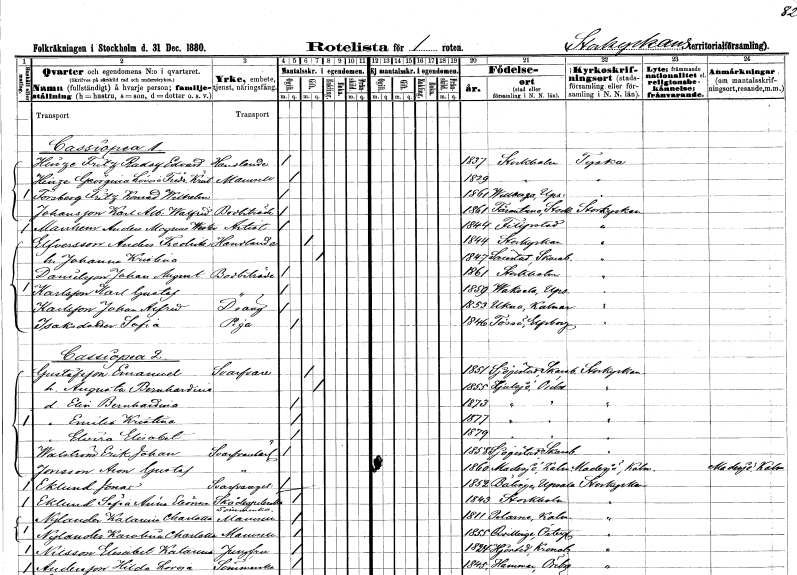
gt_parse: households: individuals: FN: Fritz Rudolf Edvard
EN: Hinze
YRKE: Handlande
KON: M
CIV: O
FODAR: 1837
FODFORS: Stockholm
FN: Georgina Lovisa Fredrika Kristina
EN: Hinze
KON: K
CIV: O
FODAR: 1829
FODFORS: Stockholm
FN: Fritz Konrad Wilhelm
EN: Forsberg
KON: M
CIV: O
FODAR: 1861
FODFORS: Villberga Uppsala län
FN: Karl Albert Walfrid
EN: Johansson
YRKE: Bodbiträde
KON: M
CIV: O
FODAR: 1861
FODFORS: Färentuna Stockholms län
FN: Anders Magnus Wictor
EN: Manhem
YRKE: Artist
KON: M
CIV: O
FODAR: 1844
FODFORS: Filipstad Värmlands län
FN: Anders Fredrik
EN: Elfversson
YRKE: Handlande
KON: M
CIV: G
FODAR: 1844
FODFORS: Storkyrkoförsamlingen Stockholms stad
FN: Johanna Kristina
KON: K
CIV: G
FODAR: 1847
FODFORS: Särestad Skaraborgs län
FN: Johan August
EN: Danielsson
YRKE: Bodbiträde
KON: M
CIV: O
FODAR: 1861
FODFORS: Stockholm
FN: Karl Gustaf
EN: Karlsson
YRKE: Bodbiträde
KON: M
CIV: O
FODAR: 1859
FODFORS: Vaksala Uppsala län
FN: Johan Alfred
EN: Karlsson
YRKE: Dräng
KON: M
CIV: O
FODAR: 1853
FODFORS: Ukna Kalmar län
FN: Sofia
EN: Isaksdotter
YRKE: Piga
KON: K
CIV: O
FODAR: 1846
FODFORS: Tösse Älvsborgs län
FN: Emanuel
EN: Gustafsson
YRKE: Svarvare
KON: M
CIV: G
FODAR: 1851
FODFORS: Sjogerstad Skaraborgs län
FN: Augusta Bernhardina
KON: K
CIV: G
FODAR: 1855
FODFORS: Hjulsjö Örebro län
FN: Elin Bernhardina
KON: K
CIV: O
FODAR: 1873
FODFORS: Hjulsjö Örebro län
FN: Emilia Kristina
KON: K
CIV: O
FODAR: 1877
FODFORS: Hjulsjö Örebro län
FN: Elvira Elisabet
KON: K
CIV: O
FODAR: 1879
FODFORS: Hjulsjö Örebro län
FN: Erik Johan
EN: Walström
YRKE: Svarvarelärling
KON: M
CIV: O
FODAR: 1858
FODFORS: Sjogerstad Skaraborgs län
FN: Aron Gustaf
EN: Jonsson
YRKE: Svarvarelärling
KON: M
CIV: O
FODAR: 1860
FODFORS: Madesjö Kalmar län
FN: Jonas
EN: Eklund
YRKE: Svarvaregesäll
KON: M
CIV: O
FODAR: 1852
FODFORS: Bälinge Uppsala län
FN: Sofia Ania Eleonora
EN: Eklund
YRKE: Skådespelerska
KON: K
CIV: O
FODAR: 1843
FODFORS: Stockholm